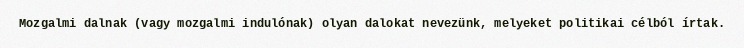
Mozgalmi dalnak (vagy mozgalmi indulónak) olyan dalokat nevezünk, melyeket politikai célból írtak.